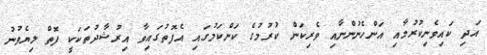
އަދި ކައިވެނިކުރުމާއި އަންހެނުންނާއި ވެރިކަން ކުރުމުގެ ކަންކަމުގައި އެފޮތުގައިވާ އިރުޝާދުތަކަކީ ފޮތް ލިޔެވުނު